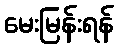
မေးမြန်းရန်